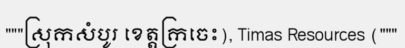
"""ស្រុកសំបូរ ខេត្តក្រចេះ), Timas Resources ("""